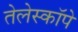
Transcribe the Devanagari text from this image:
तेलेस्कॉपे